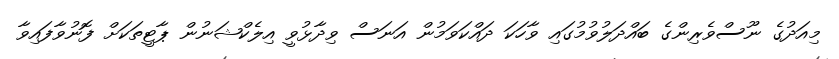
މިއަދުގެ ނޫސްވެރިންގެ ބައްދަލުވުމުގައި ވާހަކަ ދައްކަވަމުން އަނަސް ވިދާޅުވީ އިލެކްޝަނުން ޕާޓީތަކަށް ފޮނުވާފައިވާ